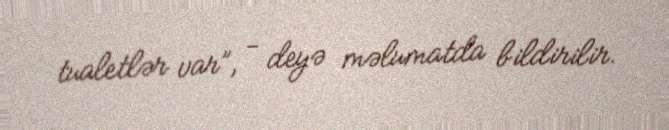
tualetlər var”, - deyə məlumatda bildirilir.